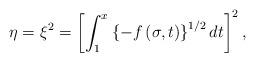
LaTeX: \begin{align*}\eta=\xi^{2}=\left[ {\int_{1}^{x}{\left\{ {-f\left( {\sigma,t}\right)}\right\} ^{1/2}dt}}\right] ^{2}, \end{align*}